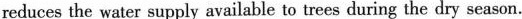
reduces the water supply available to trees during the dry season.